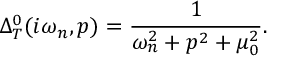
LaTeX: \Delta _ { T } ^ { 0 } ( i \omega _ { n } , p ) = \frac { 1 } { \omega _ { n } ^ { 2 } + p ^ { 2 } + \mu _ { 0 } ^ { 2 } } .